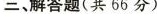
三、解答题(共66分)